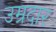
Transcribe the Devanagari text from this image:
उम्रदार